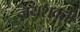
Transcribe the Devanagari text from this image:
जयशक्ती